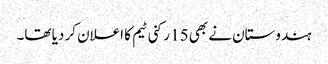
ہندوستان نے بھی 15 رکنی ٹیم کا اعلان کر دیا تھا۔